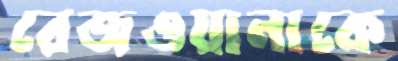
রেজওয়ানাকে